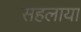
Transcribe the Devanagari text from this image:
सहलाया